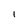
Character: I